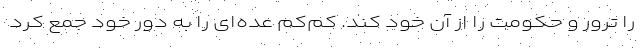
را ترور و حکومت را از آن خود کند. کم‌کم عده‌ای را به دور خود جمع کرد